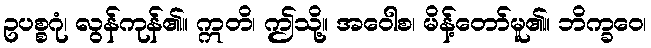
ဥပစ္စဂုံ၊ လွန်ကုန်၏။ ဣတိ၊ ဤသို့။ အဝေါစ၊ မိန့်တော်မူ၏။ ဘိက္ခဝေ၊